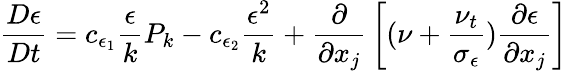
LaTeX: {\frac{D\epsilon}{Dt}}=c_{\epsilon_{1}}{\frac{\epsilon}{k}}P_{k}-c_{\epsilon_{2}}{\frac{\epsilon^{2}}{k}}+{\frac{\partial}{\partial x_{j}}}\left[(\nu+{\frac{\nu_{t}}{\sigma_{\epsilon}}}){\frac{\partial\epsilon}{\partial x_{j}}}\right]